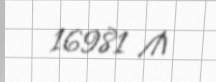
16981 ₼